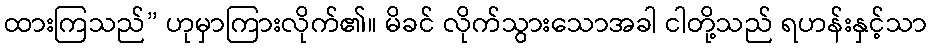
ထားကြသည်” ဟုမှာကြားလိုက်၏။ မိခင် လိုက်သွားသောအခါ ငါတို့သည် ရဟန်းနှင့်သာ